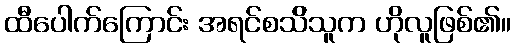
ထီပေါက်ကြောင်း အရင်စသ်ိသူက ဟိုလူဖြစ်၏။